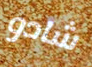
شادو